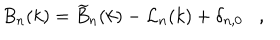
B _ { n } ( k ) = \widetilde { B } _ { n } ( k ) - { \cal L } _ { n } ( k ) + \delta _ { n , 0 } ,